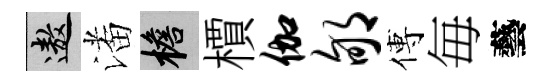
遨潘檐檟伽郇傅毎藝